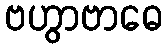
ဗဟွာဗာဓေ